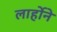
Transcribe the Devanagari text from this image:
लार्होने